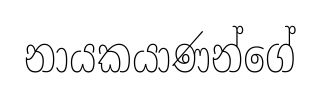
නායකයාණන්ගේ